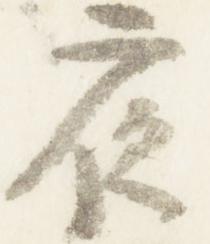
夜